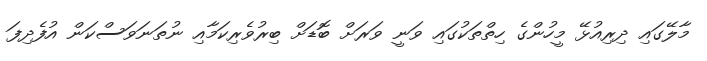
މާލޭގައި ދިރިއުޅޭ މީހުންގެ ހިތްތަކުގައި ވަނީ ވަރަށް ބޮޑަށް ބިރުވެރިކަމާއި ނުތަނަވަސްކަން އުފެދިފަ